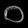
Digit: ၀